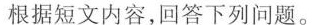
根据短文内容，回答下列问题.。